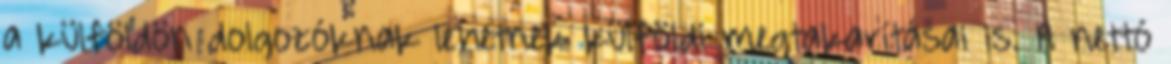
a külföldön dolgozóknak lehetnek külföldi megtakarításai is. A nettó